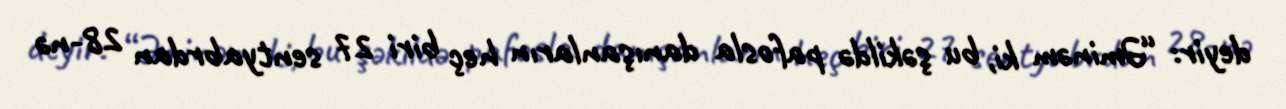
deyir: “Əminəm ki, bu şəkildə pafosla danışanların heç biri 27 sentyabrdan 28-nə